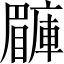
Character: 𥌙